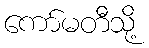
ကော်မတီသို့